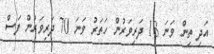
އަދި ތިން ވަނަ 18 ދަރިވަރުން ހަތަރު ވަނަ 70 ދަރިވަރުން ފަސް